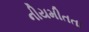
નીયમીતતા